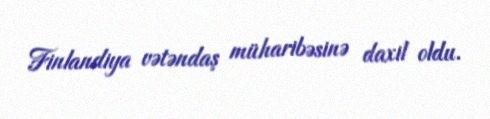
Finlandiya vətəndaş müharibəsinə daxil oldu.